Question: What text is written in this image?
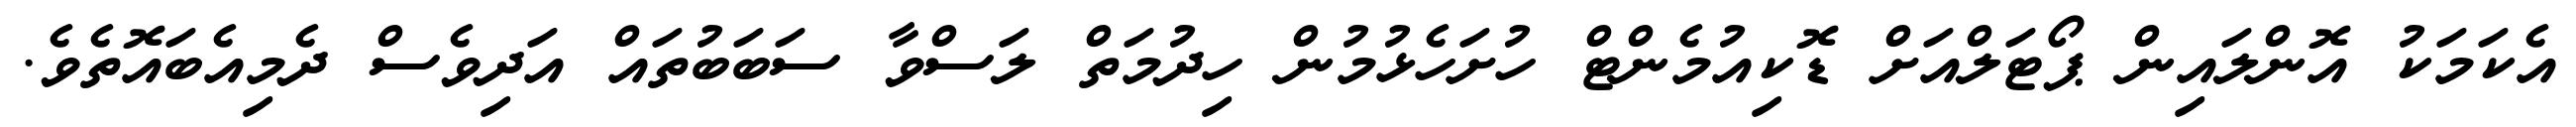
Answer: އެކަމަކު އޮންލައިން ޕޯޓަލްއަށް ޑޮކިއުމެންޓް ހުށަހެޅުމުން ހިދުމަތް ލަސްވާ ސަބަބުތައް އަދިވެސް ދެމިއެބައޮތެވެ.